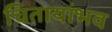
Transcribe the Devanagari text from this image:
चितायांभव